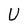
Character: U